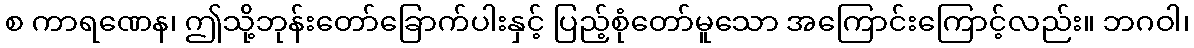
စ ကာရဏေန၊ ဤသို့ဘုန်းတော်ခြောက်ပါးနှင့် ပြည့်စုံတော်မူသော အကြောင်းကြောင့်လည်း။ ဘဂဝါ၊